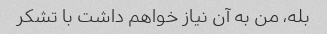
بله، من به آن نیاز خواهم داشت با تشکر